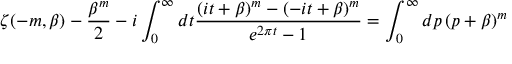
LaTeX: \zeta ( - m , \beta ) - { \frac { \beta ^ { m } } { 2 } } - i \int _ { 0 } ^ { \infty } d t { \frac { ( i t + \beta ) ^ { m } - ( - i t + \beta ) ^ { m } } { e ^ { 2 \pi t } - 1 } } = \int _ { 0 } ^ { \infty } d p \, ( p + \beta ) ^ { m }